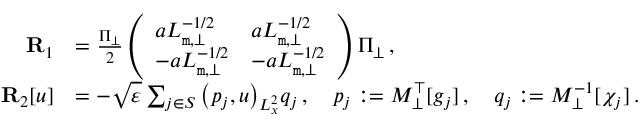
\begin{array} { r l } { { \bf R } _ { 1 } } & { = \frac { \Pi _ { \bot } } { 2 } \left( \begin{array} { l l } { a { \cal L } _ { \mathtt m , \perp } ^ { - 1 / 2 } } & { a { \cal L } _ { \mathtt m , \perp } ^ { - 1 / 2 } } \\ { - a { \cal L } _ { \mathtt m , \perp } ^ { - 1 / 2 } } & { - a { \cal L } _ { \mathtt m , \perp } ^ { - 1 / 2 } } \end{array} \right) \Pi _ { \bot } \, , } \\ { { \bf R } _ { 2 } [ u ] } & { = - \sqrt { \varepsilon } \sum _ { j \in S } \big ( p _ { j } , u \big ) _ { L _ { x } ^ { 2 } } q _ { j } \, , \quad p _ { j } : = { \cal M } _ { \bot } ^ { \top } [ g _ { j } ] \, , \quad q _ { j } : = { \cal M } _ { \bot } ^ { - 1 } [ \chi _ { j } ] \, . } \end{array}